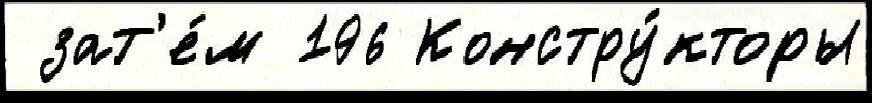
 зат'е́м 196 Констру́кторы